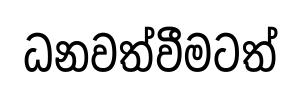
ධනවත්වීමටත්